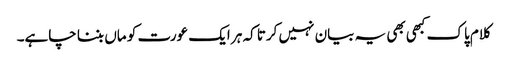
کلام پاک کبھی بھی یہ بیان نہیں کرتا کہ ہر ایک عورت کو ماں بننا چاہے۔